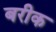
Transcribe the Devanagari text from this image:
बरीक